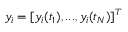
y _ { i } = [ y _ { i } ( t _ { 1 } ) , . . . , y _ { i } ( t _ { N } ) ] ^ { T }